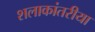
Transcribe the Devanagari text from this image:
शलाकांतरीया